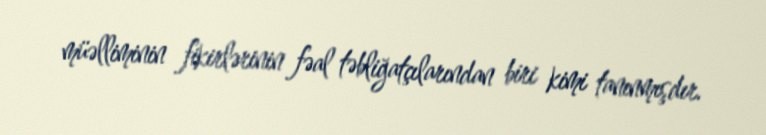
müəlliminin fikirlərinin fəal təbliğatçılarından biri kimi tanınmışdır.